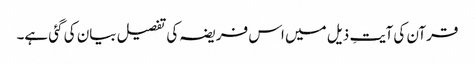
قرآن کی آیتِ ذیل میں اس فریضہ کی تفصیل بیان کی گئی ہے۔